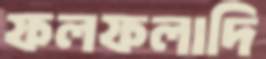
ফলফলাদি